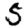
Digit: 5